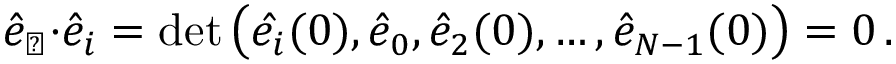
\begin{array} { r } { \hat { e } _ { \perp } { \cdot } \hat { e } _ { i } = \operatorname* { d e t } \big ( \hat { e _ { i } } ( 0 ) , \hat { e } _ { 0 } , \hat { e } _ { 2 } ( 0 ) , \dots , \hat { e } _ { N - 1 } ( 0 ) \big ) = 0 \, . } \end{array}